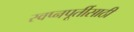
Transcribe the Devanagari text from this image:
स्वप्नपूर्तीसाठी